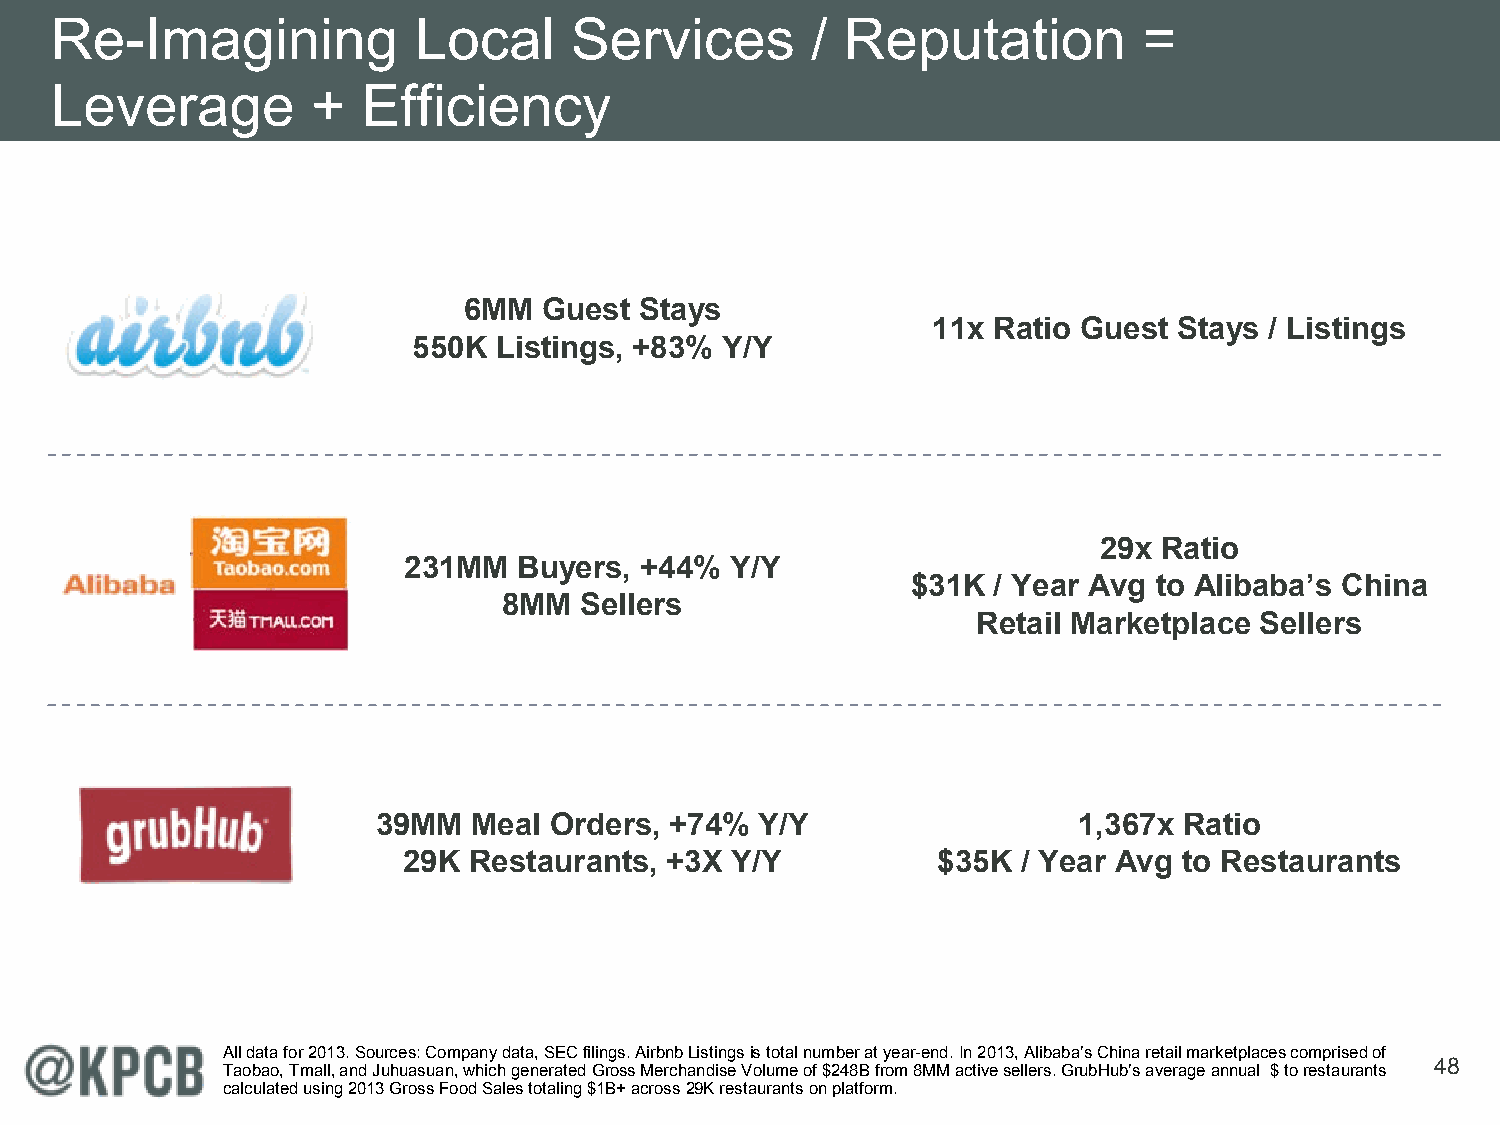
Re-Imagining            Local      Services        / Reputation          =
 Leverage          +  Efficiency
 6MM  Guest Stays
 11x Ratio Guest Stays / Listings
 550K  Listings, +83% Y/Y
 29x Ratio
 231MM  Buyers, +44%  Y/Y
 $31K  / Year Avg to Alibaba’s China
 8MM  Sellers
 Retail Marketplace Sellers
 39MM  Meal Orders, +74%  Y/Y                  1,367x Ratio
 29K Restaurants, +3X Y/Y           $35K  / Year Avg to Restaurants
 All data for 2013. Sources: Company data, SEC filings. Airbnb Listings is total number at year-end. In 2013, Alibaba’s China retail marketplaces comprised of
 48
 Taobao, Tmall, and Juhuasuan, which generated Gross Merchandise Volume of $248B from 8MM active sellers. GrubHub’s average annual $ to restaurants
 calculated using 2013 Gross Food Sales totaling $1B+ across 29K restaurants on platform.